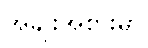
အချိုးအစားမှာ